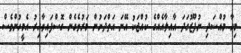
މިހާ މުއްސަދި ނުފޫޒުގަދަ އާއިލާއެއްގެ ކުއްޖަކު އޭނަ އަތްދަށުން މަރުވެގެން ގޮސްފައިވާއިރު އެމީހުންވެސް